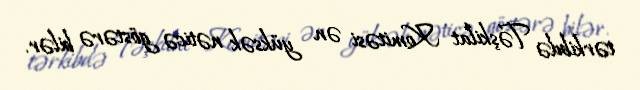
tərkibdə Təşkilat Komitəsi ən yüksək nəticə göstərə bilər.